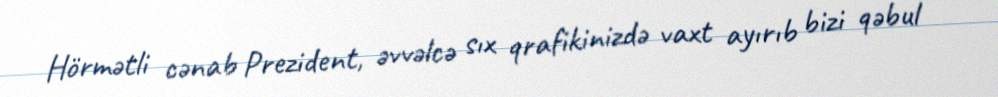
Hörmətli cənab Prezident, əvvəlcə sıx qrafikinizdə vaxt ayırıb bizi qəbul